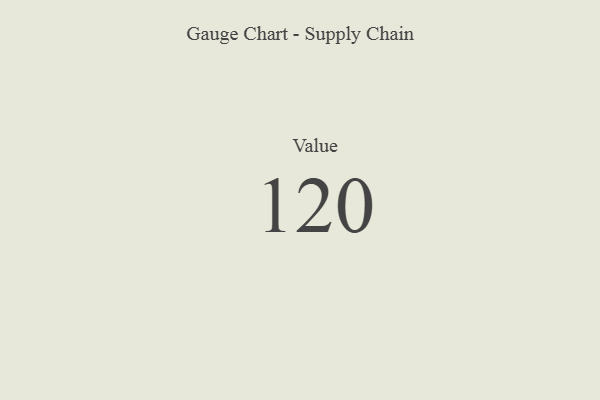
{"axis": {"x": "Metric", "y": "Value"}, "legend": [""], "data": [{"x": "Value", "y": 120, "type": ""}]}